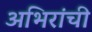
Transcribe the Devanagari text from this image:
अभिरांची